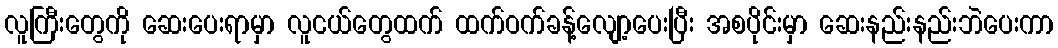
လူကြီးတွေကို ဆေးပေးရာမှာ လူငယ်တွေထက် ထက်ဝက်ခန့်လျော့ပေးပြီး အစပိုင်းမှာ ဆေးနည်းနည်းဘဲပေးကာ